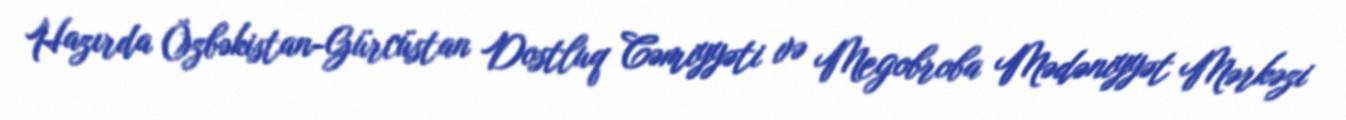
Hazırda Özbəkistan-Gürcüstan Dostluq Cəmiyyəti və Megobroba Mədəniyyət Mərkəzi